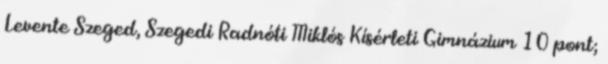
Levente Szeged, Szegedi Radnóti Miklós Kísérleti Gimnázium 10 pont;